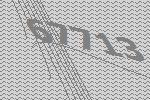
67713